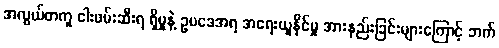
အလွယ်တကူ ငါးဖမ်းဆီးရ ရှိမှုနဲ့ ဥပဒေအရ အရေးယူနိုင်မှု အားနည်းခြင်းများကြောင့် ဘက်